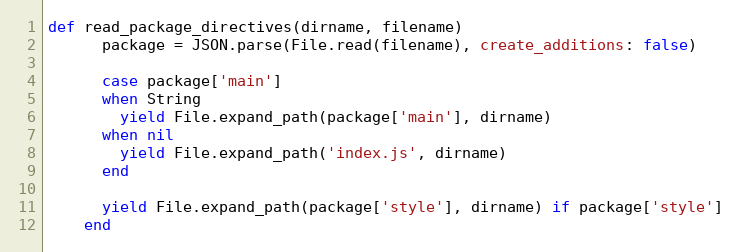
Language: Ruby
def read_package_directives(dirname, filename)
      package = JSON.parse(File.read(filename), create_additions: false)

      case package['main']
      when String
        yield File.expand_path(package['main'], dirname)
      when nil
        yield File.expand_path('index.js', dirname)
      end

      yield File.expand_path(package['style'], dirname) if package['style']
    end